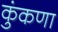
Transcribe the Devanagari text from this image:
कुंकणा